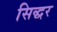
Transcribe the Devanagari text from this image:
सिद्धर